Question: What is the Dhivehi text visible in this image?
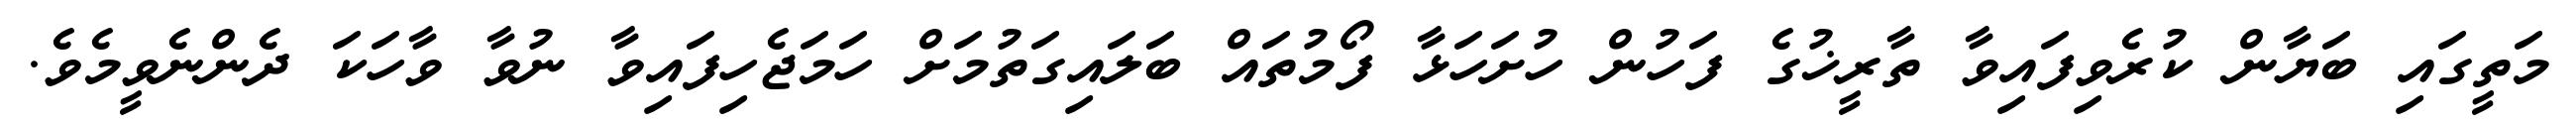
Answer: މަތީގައި ބަޔާން ކުރެވިފައިވާ ތާރީޚުގެ ފަހުން ހުށަހަޅާ ފޯމުތައް ބަލައިގަތުމަށް ހަމަޖެހިފައިވާ ނުވާ ވާހަކަ ދެންނެވީމެވެ.